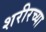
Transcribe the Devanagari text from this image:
शरीरच्या